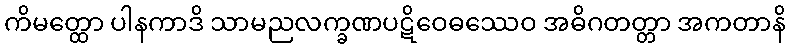
ကိမတ္ထော ပါနကာဒိ သာမညလက္ခဏပဋိဝေဓဿေဝ အဓိဂတတ္တာ အကတာနိ